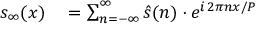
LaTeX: \begin{array} { r l r l } { s _ { \infty } ( x ) } & { { } = \sum _ { n = - \infty } ^ { \infty } { \hat { s } } ( n ) \cdot e ^ { i \, 2 \pi n x / P } } \end{array}